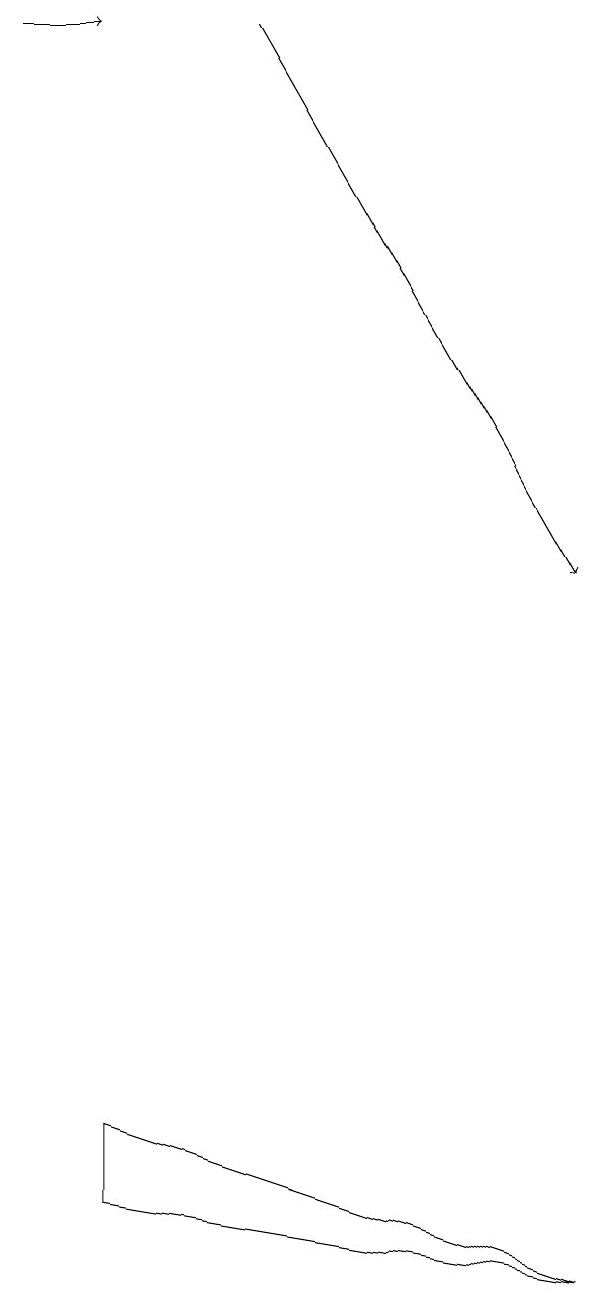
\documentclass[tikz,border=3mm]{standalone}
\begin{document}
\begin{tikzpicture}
\draw[->] (4,18) -- (8,11);
\draw[->] (1,18) -- (2,18);
\draw (8,2) -- (2,4) -- (2,3) -- cycle;
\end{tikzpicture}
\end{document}